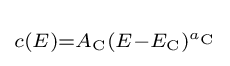
\scriptstyle c(E)=A_{\rm {C}}(E-E_{\rm {C}})^{a_{\rm {C}}}